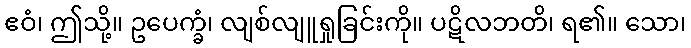
ဧဝံ၊ ဤသို့။ ဥပေက္ခံ၊ လျစ်လျူရှုခြင်းကို။ ပဋိလဘတိ၊ ရ၏။ သော၊